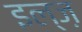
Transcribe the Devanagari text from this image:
इल्ज़